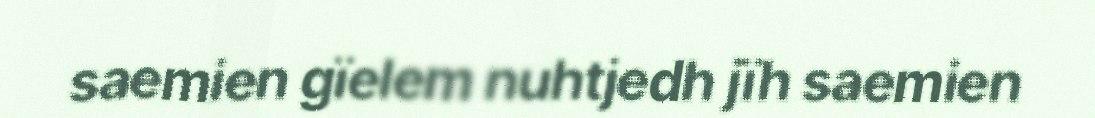
saemien gïelem nuhtjedh jïh saemien